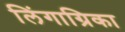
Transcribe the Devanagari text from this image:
लिंगाग्रिका